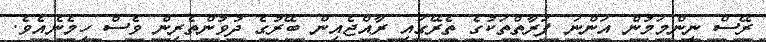
ރޭސް ނިންމަމުން އަންނަ ފަރާތްތަކުގެ ތެރޭގައި ރާއްޖެއިން ބޭރުގެ ދުވުންތެރިން ވެސް ހިމެނެއެވެ.